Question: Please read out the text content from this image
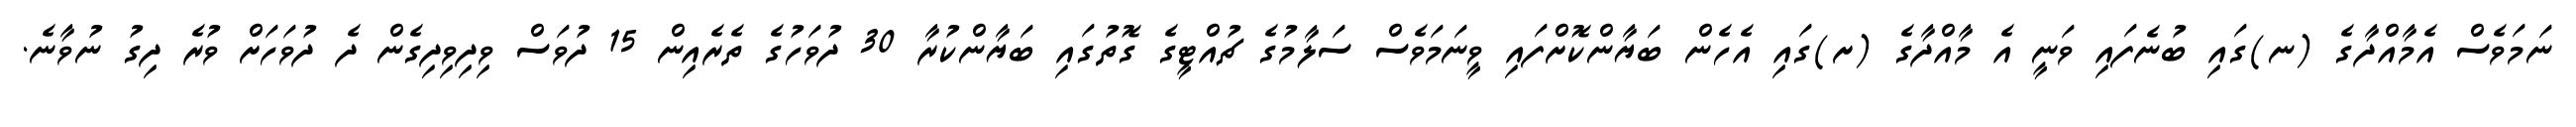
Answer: ނަމަވެސް އެމާއްދާގެ (ނ)ގައި ބުނެފައި ވަނީ އެ މާއްދާގެ (ށ)ގައި އެހެން ބަޔާންކޮށްފައި ވީނަމަވެސް ސަލާމުގެ ޗުއްޓީގެ ގޮތުގައި ބަޔާންކުރާ 30 ދުވަހުގެ ތެރެއިން 15 ދުވަސް ވިދިވިދިގެން ދެ ދުވަހަށް ވުރެ ދިގު ނުވާނެ.